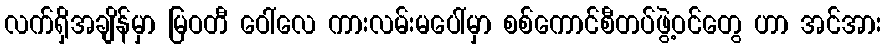
လက်ရှိအချိန်မှာ မြဝတီ ဝေါ်လေ ကားလမ်းမပေါ်မှာ စစ်ကောင်စီတပ်ဖွဲ့ဝင်တွေ ဟာ အင်အား